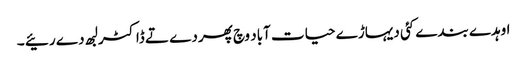
اوہدے بندے کئی دیہاڑے حیات آباد وچ پھردے تے ڈاکٹر لبھ دے رئیے ۔